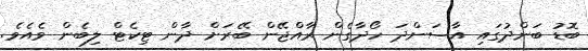
ބޮޑު ބަންދުގައި އާސަންދަ ހޯދާގެން ރާއްޖޭން ބޭރަށް ދާން ޓިކެޓް ލިބެން ވެއެވެ.